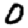
Digit: 0